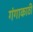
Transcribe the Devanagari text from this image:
गंगाकाठी